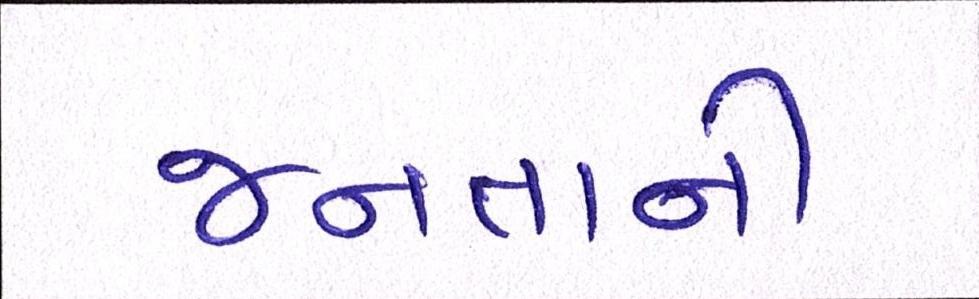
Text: જનતાની